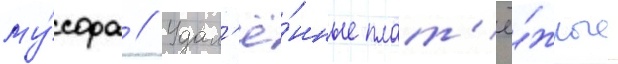
му́сора // Удал'ё́нные плат'ё́жные